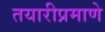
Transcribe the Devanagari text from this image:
तयारीप्रमाणे